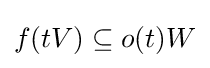
f(tV)\subseteq o(t)W